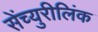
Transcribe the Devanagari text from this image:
सेंच्युरीलिंक